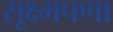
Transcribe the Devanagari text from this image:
सूक्ष्मपणा